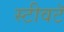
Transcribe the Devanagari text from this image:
स्टीवटॅ